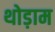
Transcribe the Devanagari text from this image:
थोड़ाम